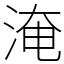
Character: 淹